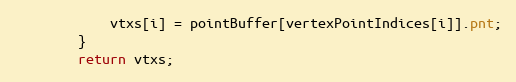
Language: Java
            vtxs[i] = pointBuffer[vertexPointIndices[i]].pnt;
        }
        return vtxs;